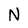
Character: N